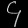
Digit: ၄